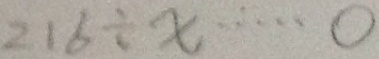
2 1 6 \div x \cdots 0